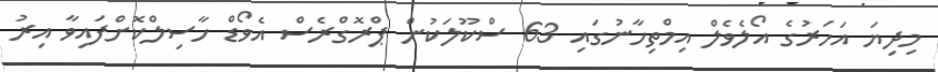
މިދިޔަ އަހަރުގެ އޯލެވެލް އިމްތިހާނުގައި 63 ސްކޫލަކުން ޕްރޮގްރެސް އެވޯޑް ހާސިލްކޮށްފައިވާ އިރު